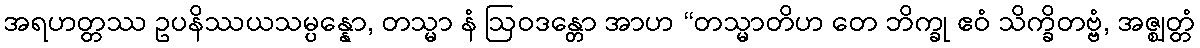
အရဟတ္တဿ ဥပနိဿယသမ္ပန္နော, တသ္မာ နံ ဩဝဒန္တော အာဟ “တသ္မာတိဟ တေ ဘိက္ခု ဧဝံ သိက္ခိတဗ္ဗံ, အဇ္ဈတ္တံ